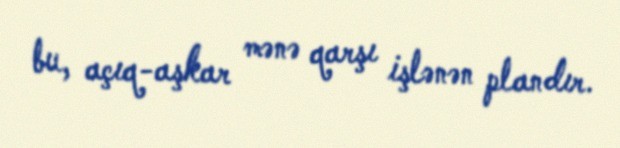
bu, açıq-aşkar mənə qarşı işlənən plandır.